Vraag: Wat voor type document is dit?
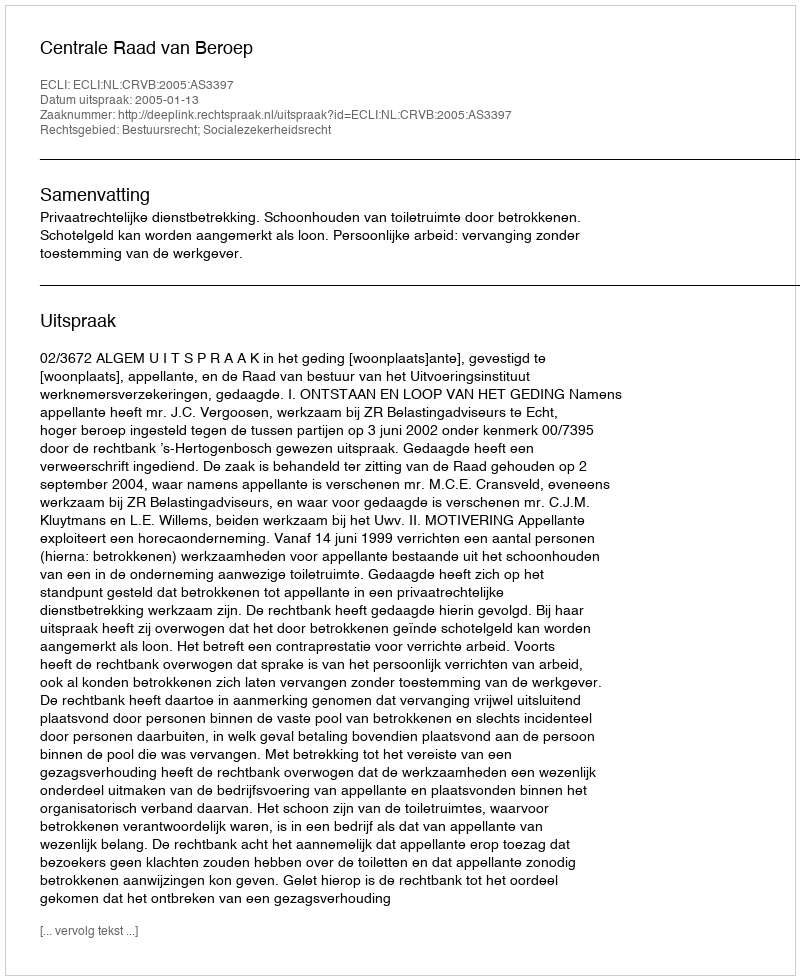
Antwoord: Uitspraak